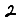
Digit: 2